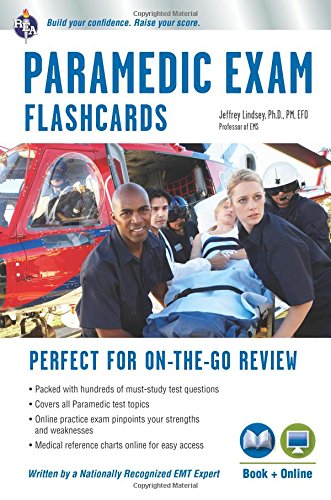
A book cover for Paramedic Flashcards (Book + Online Practice Test) (EMT Test Preparation); Jeffrey Lindsey Ph.D.; Medical Books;